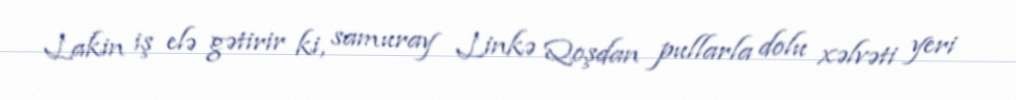
Lakin iş elə gətirir ki, samuray Linkə Qoşdan pullarla dolu xəlvəti yeri